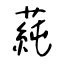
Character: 蒓